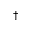
^ \dagger